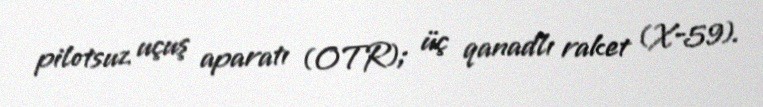
pilotsuz uçuş aparatı (OTR); üç qanadlı raket (X-59).